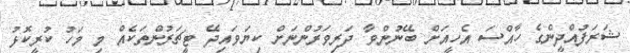
ޝަރަފުއްދީންގެ ހާއްސަ އެހީއަށް ބޭނުންވާ ދަރިވަރުންނަށް ކިޔަވައިދޭ ޓީޗަރުންތަކެއް މި މަހު ކުރީކޮޅު